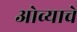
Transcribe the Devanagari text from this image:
ओव्याचे